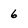
Character: 6